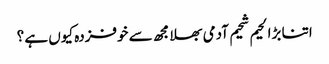
اتنا بڑا لحیم شحیم آدمی بھلا مجھ سے خوفزدہ کیوں ہے ؟